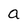
Character: a